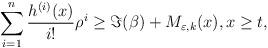
LaTeX: \begin{align*}\sum_{i=1}^{n}\frac{h^{(i)}(x)}{i!}\rho^{i} & \geq \Im(\beta) +M_{\varepsilon,k}(x),x\geq t,\end{align*}